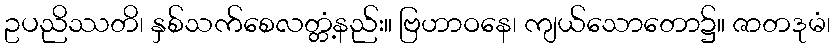
ဥပညိဿတိ၊ နှစ်သက်စေလတ္တံ့နည်း။ ဗြဟာဝနေ၊ ကျယ်သောတော၌။ ဇာတဒုမံ၊